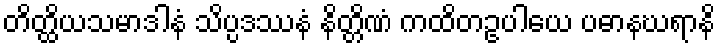
တိတ္ထိယသမာဒါနံ သိပ္ပဒဿနံ နိတ္တိဏံ ကထိတဥပါယေ ပဓာနဃရာနိ